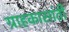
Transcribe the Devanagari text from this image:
ग्राहकासांठी